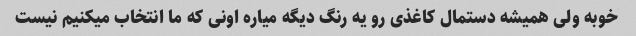
خوبه ولی همیشه دستمال کاغذی رو یه رنگ دیگه میاره اونی که ما انتخاب میکنیم نیست